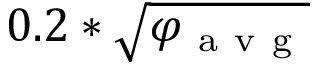
0 . 2 * \sqrt { \varphi _ { \mathrm { ~ a ~ v ~ g ~ } } }